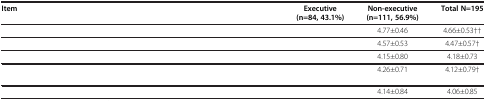
<table><thead><tr><td><b>Item</b></td><td><b>Executive (n=84, 43.1%)</b></td><td><b>Non-executive (n=111, 56.9%)</b></td><td><b>Total N=195</b></td></tr></thead><tbody><tr><td>[EMPTY_CELL]</td><td>[EMPTY_CELL]</td><td>4.77±0.46</td><td>4.66±0.53††</td></tr><tr><td>[EMPTY_CELL]</td><td>[EMPTY_CELL]</td><td>4.57±0.53</td><td>4.47±0.57†</td></tr><tr><td>[EMPTY_CELL]</td><td>[EMPTY_CELL]</td><td>4.15±0.80</td><td>4.18±0.73</td></tr><tr><td>[EMPTY_CELL]</td><td>[EMPTY_CELL]</td><td>4.26±0.71</td><td>4.12±0.79†</td></tr><tr><td>[EMPTY_CELL]</td><td>[EMPTY_CELL]</td><td>4.14±0.84</td><td>4.06±0.85</td></tr></tbody></table>